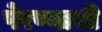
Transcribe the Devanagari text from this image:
पेरण्याची